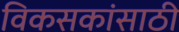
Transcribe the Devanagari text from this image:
विकसकांसाठी